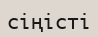
сіңісті